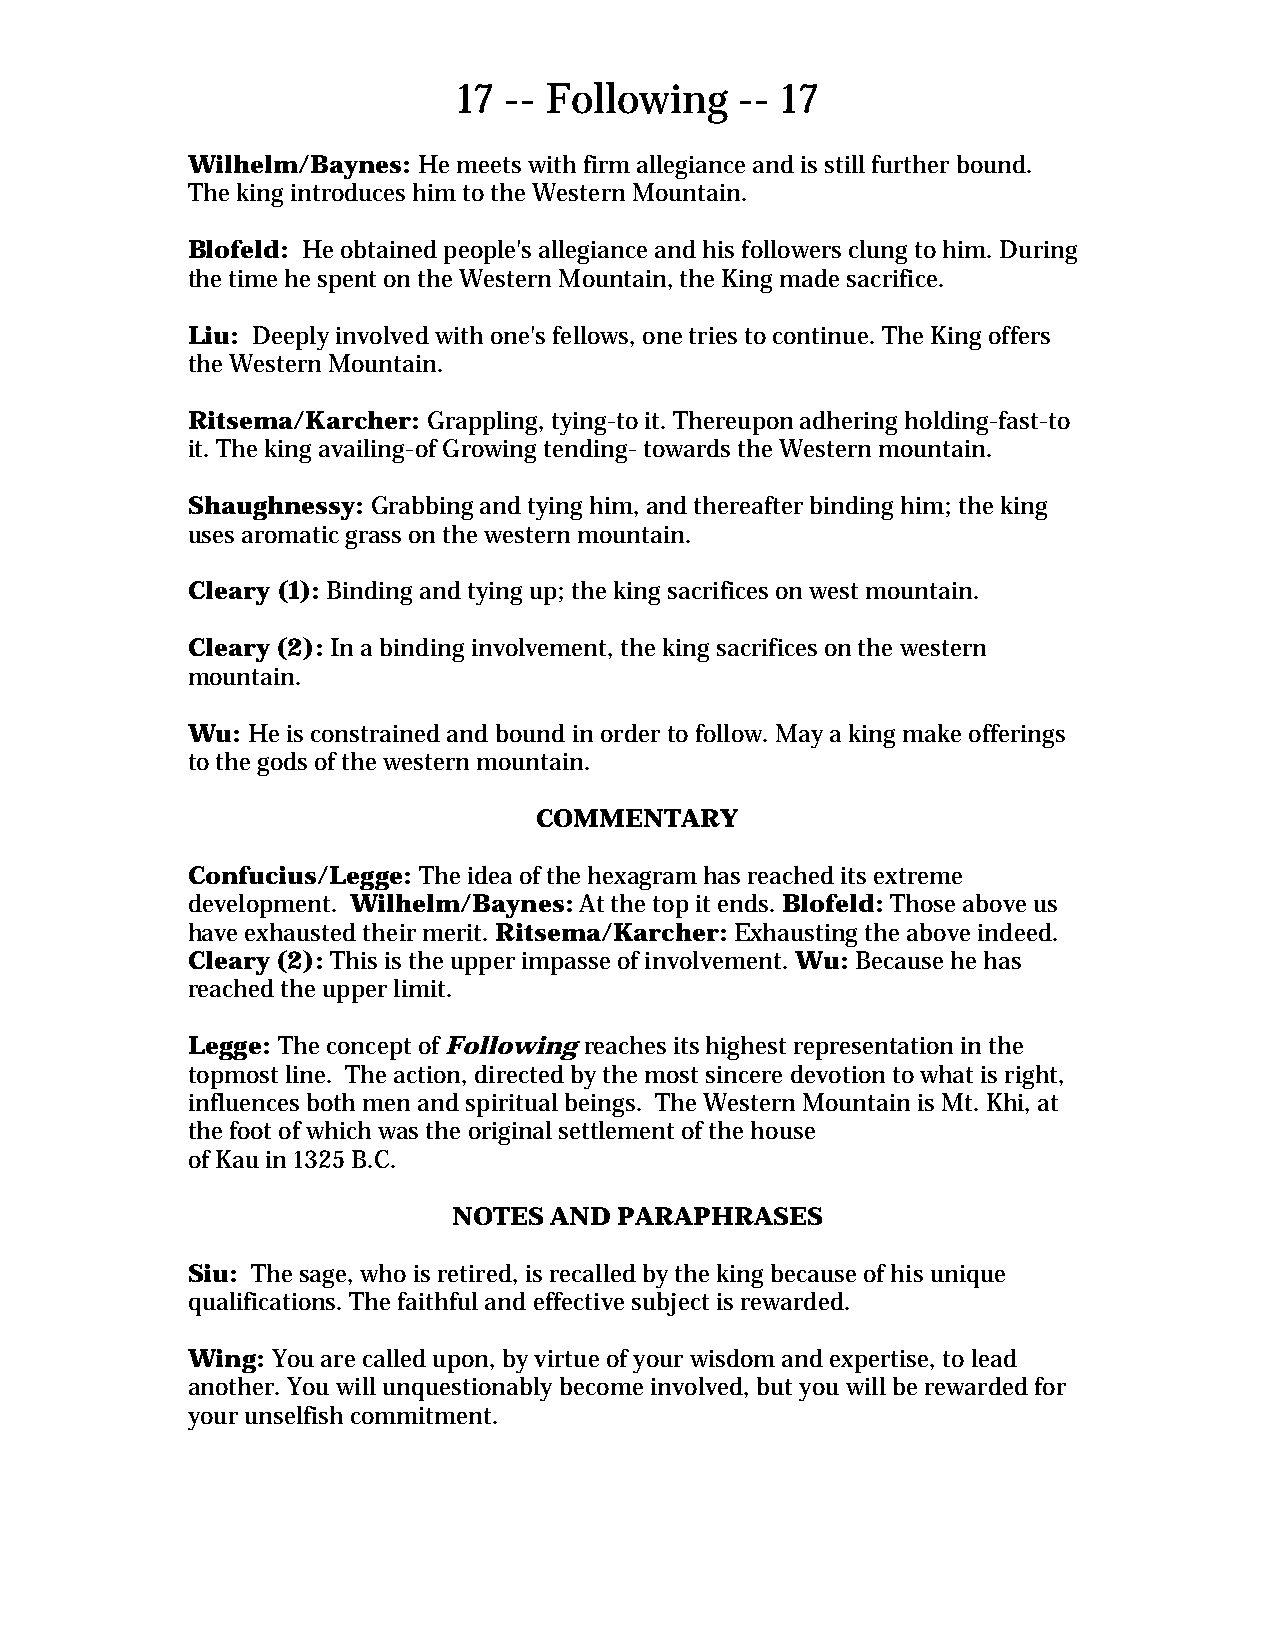
17 -- Following    -- 17
 Wilhelm/Baynes: He meets with firm allegiance and is still further bound.
 The king introduces him to the Western Mountain.
 Blofeld: He obtained people's allegiance and his followers clung to him. During
 the time he spent on the Western Mountain, the King made sacrifice.
 Liu: Deeply involved with one's fellows, one tries to continue. The King offers
 the Western Mountain.
 Ritsema/Karcher: Grappling, tying-to it. Thereupon adhering holding-fast-to
 it. The king availing-of Growing tending- towards the Western mountain.
 Shaughnessy: Grabbing and tying him, and thereafter binding him; the king
 uses aromatic grass on the western mountain.
 Cleary (1): Binding and tying up; the king sacrifices on west mountain.
 Cleary (2): In a binding involvement, the king sacrifices on the western
 mountain.
 Wu: He is constrained and bound in order to follow. May a king make offerings
 to the gods of the western mountain.
 COMMENTARY
 Confucius/Legge: The idea of the hexagram has reached its extreme
 development. Wilhelm/Baynes: At the top it ends. Blofeld: Those above us
 have exhausted their merit. Ritsema/Karcher: Exhausting the above indeed.
 Cleary (2): This is the upper impasse of involvement. Wu: Because he has
 reached the upper limit.
 Legge: The concept of Following reaches its highest representation in the
 topmost line. The action, directed by the most sincere devotion to what is right,
 influences both men and spiritual beings. The Western Mountain is Mt. Khi, at
 the foot of which was the original settlement of the house
 of Kau in 1325 B.C.
 NOTES AND  PARAPHRASES
 Siu: The sage, who is retired, is recalled by the king because of his unique
 qualifications. The faithful and effective subject is rewarded.
 Wing: You are called upon, by virtue of your wisdom and expertise, to lead
 another. You will unquestionably become involved, but you will be rewarded for
 your unselfish commitment.